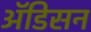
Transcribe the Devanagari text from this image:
ॲडिसन